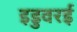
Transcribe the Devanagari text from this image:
इडुवरई